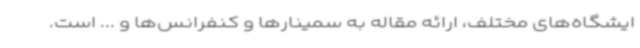
ایشگاه‌های مختلف، ارائه مقاله به سمینارها و کنفرانس‌ها و ... است.